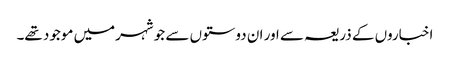
اخباروں کے ذریعہ سے اور ان دوستوں سے جو شہرمیں موجود تھے۔